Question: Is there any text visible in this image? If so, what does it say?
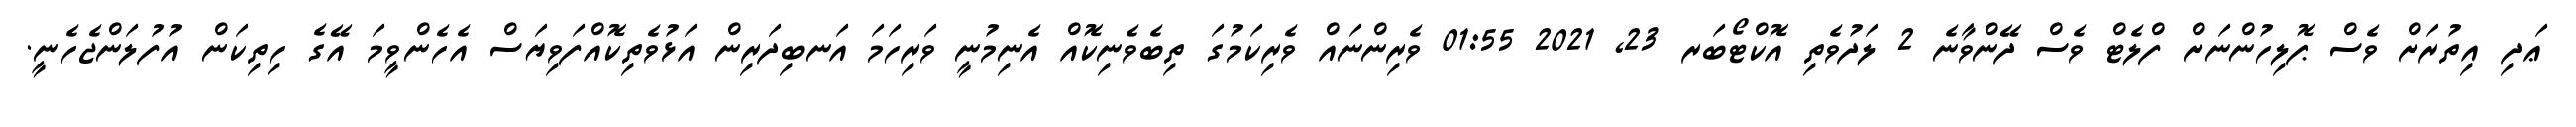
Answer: ޢަދި އިތުރަށް ވެސް ޕޮލިހުންނަށް ފްލެޓް ވެސް ދޭންވާނެ 2 ލަދުވެތި އޮކްޓޯބަރ 23, 2021 01:55 ވެރިންނައް ވެރިކަމުގަ ތިބެވެނިކޮއް އެނިމުނީ ވަރިހަމަ އަނބިދަރިން އަޅުވެތިކޮއްފަވިޔަސް އެހެންވީމަ އޭގެ ހިތިކަން އުފުލަންޖެހެނީ.